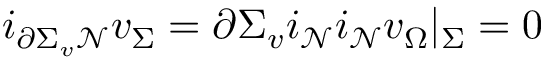
i _ { \partial \Sigma _ { v } \mathcal { N } } v _ { \Sigma } = \partial \Sigma _ { v } i _ { \mathcal { N } } i _ { \mathcal { N } } v _ { \Omega } | _ { \Sigma } = 0